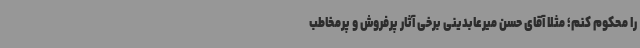
را محکوم کنم؛ مثلاً آقای حسن میرعابدینی برخی آثار پرفروش و پرمخاطب